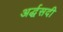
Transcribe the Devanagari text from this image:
अर्द्धसदी